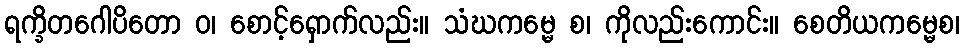
ရက္ခိတဂေါပိတော ဝ၊ စောင့်ရှောက်လည်း။ သံဃကမ္မေ စ၊ ကိုလည်းကောင်း။ စေတိယကမ္မေစ၊